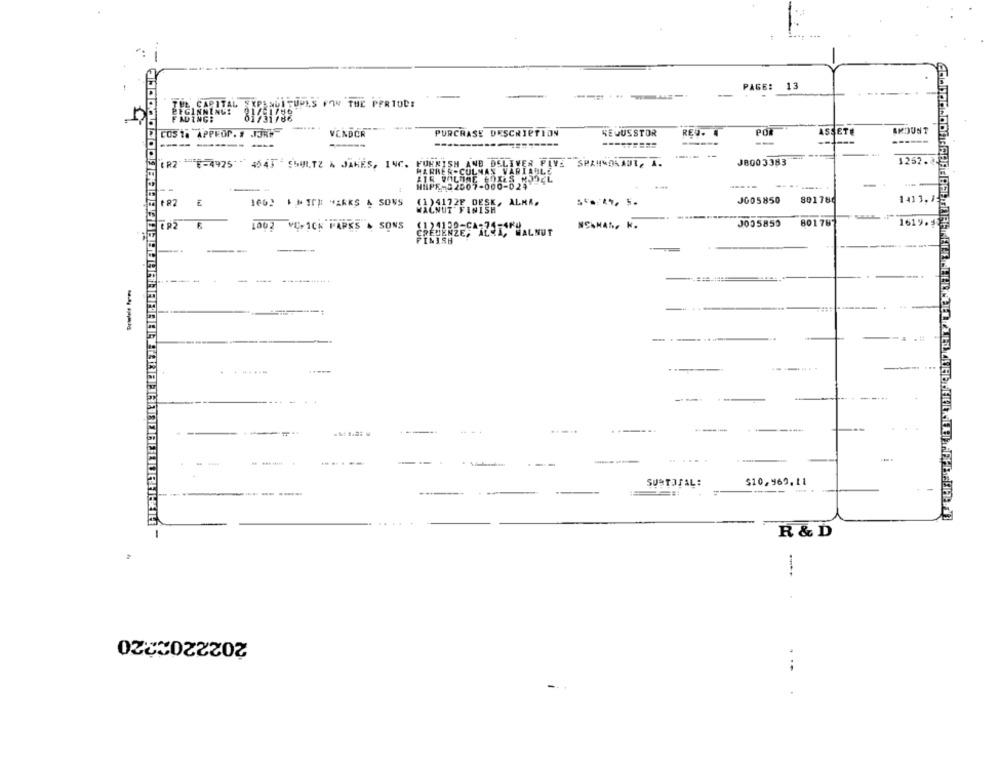
13
--
PAGE:
------
SINGLEUPLS FON THE PERTOC!
FADING:
POR
ASSETE
AMOUNT
COS 1. APPEOP. # JJRT
VENDOR
PURCHASE DESCRIPTION
NEOUSSTOR
RED.
------- -
--------
---
--
JB003383
1262.
TR26-4475 4545 SHULTZ & JANES, INC. FURNISH AND DELIVER PAYS SPRUNDLADT, A.
HARRER-CULNAS VARIABLE
HOPE-32007-000-024
--
801780
1413. 3:
+82
JG05850
--
1002 VC-1CK FAPKS & SONS
NCANAN. K.
J035850
801787
1619.
FINISH
-
-
-- ------
--
-
. ......
---
-----
----
-
----
--
--.
--
SURTOTAL:
$10,969.11
. -
----
R & D
2022202220
..